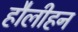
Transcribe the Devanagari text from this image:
हौलीहन